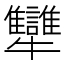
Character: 犫